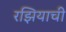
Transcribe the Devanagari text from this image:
रझियाची